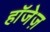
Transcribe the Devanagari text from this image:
हॉजेज़